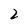
Character: 2